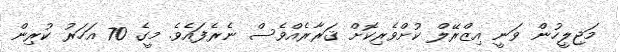
މަޖިލީހުން ވަނީ އިޒްރޭލް ކުށްވެރިކޮށް ޤަރާރެއްވެސް ނެރެފައެވެ. މީގެ 70 އަހަރު ކުރިން